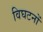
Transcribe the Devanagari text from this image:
विघटनों